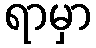
ရာမှာ